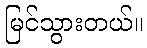
မြင်သွားတယ်။